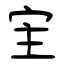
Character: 宔